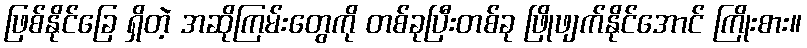
ဖြစ်နိုင်ခြေ ရှိတဲ့ အဆိုကြမ်းတွေကို တစ်ခုပြီးတစ်ခု ဖြိုဖျက်နိုင်အောင် ကြိုးစား။